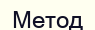
Метод